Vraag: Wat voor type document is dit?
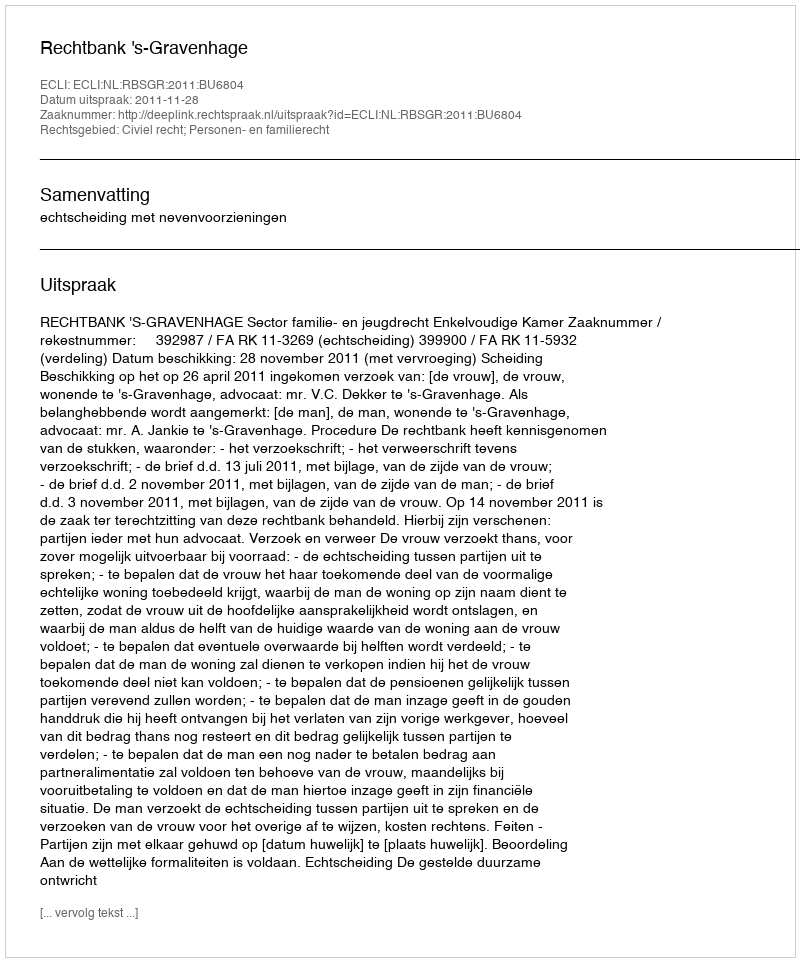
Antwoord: Uitspraak